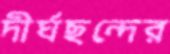
দীর্ঘছন্দের